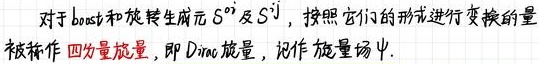
对于boost和旋转生成元$S^{\mu\nu}$及$S^{ij}$，按照它们的形式进行变换的量被称作四分量旋量，即Dirac旋量，记作旋量场$\psi$.